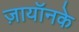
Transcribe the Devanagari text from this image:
ज़ायॉनके